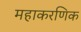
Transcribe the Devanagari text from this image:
महाकरणिक